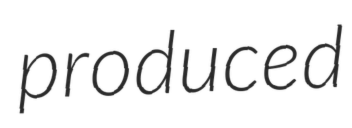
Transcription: produced